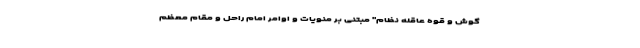
گوش و قوه عاقله نظام" مبتنی بر منویات و اوامر امام راحل و مقام معظم